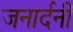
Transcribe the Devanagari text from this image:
जनार्दनीं